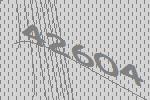
42604